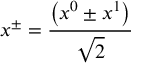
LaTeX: x ^ { \pm } = \frac { \left( x ^ { 0 } \pm x ^ { 1 } \right) } { \sqrt { 2 } }